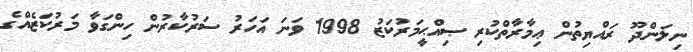
ނިލަންދޫ ރައްޔިތުން ޢިމާރާތްކުރި ޞިއްޙީމަރުކަޒު 1998 ވަނަ އަހަރު ސަރުކާރުން ހިންގަވާ މަރުކަޒެއްގެ